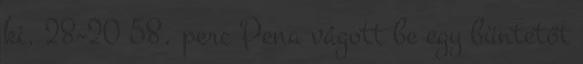
ki. 28–20 58. perc Pena vágott be egy büntetőt